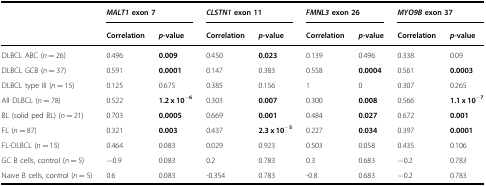
<table><thead><tr><td></td><td colspan="2"><b><i>MALT1</i> exon 7</b></td><td colspan="2"><b><i>CLSTN1</i> exon 11</b></td><td colspan="2"><b><i>FMNL3</i> exon 26</b></td><td colspan="2"><b><i>MYO9B</i> exon 37</b></td></tr><tr><td></td><td><b>Correlation</b></td><td><b><i>p</i>-value</b></td><td><b>Correlation</b></td><td><b><i>p</i>-value</b></td><td><b>Correlation</b></td><td><b><i>p</i>-value</b></td><td><b>Correlation</b></td><td><b><i>p</i>-value</b></td></tr></thead><tbody><tr><td>DLBCL ABC (<i>n</i> = 26)</td><td>0.496</td><td><b>0.009</b></td><td>0.450</td><td><b>0.023</b></td><td>0.139</td><td>0.496</td><td>0.338</td><td>0.09</td></tr><tr><td>DLBCL GCB (<i>n</i> = 37)</td><td>0.591</td><td><b>0.0001</b></td><td>0.147</td><td>0.383</td><td>0.558</td><td><b>0.0004</b></td><td>0.561</td><td><b>0.0003</b></td></tr><tr><td>DLBCL type III (<i>n</i> = 15)</td><td>0.125</td><td>0.675</td><td>0.385</td><td>0.156</td><td>1</td><td>0</td><td>0.307</td><td>0.265</td></tr><tr><td>All DLBCL (<i>n</i> = 78)</td><td>0.522</td><td><b>1.2</b> <b>x</b> <b>10</b><sup><b>−6</b></sup></td><td>0.303</td><td><b>0.007</b></td><td>0.300</td><td><b>0.008</b></td><td>0.566</td><td><b>1.1</b> <b>x</b> <b>10</b><sup><b>−7</b></sup></td></tr><tr><td>BL (solid ped BL) (<i>n</i> = 21)</td><td>0.703</td><td><b>0.0005</b></td><td>0.669</td><td><b>0.001</b></td><td>0.484</td><td><b>0.027</b></td><td>0.672</td><td><b>0.001</b></td></tr><tr><td>FL (<i>n</i> = 87)</td><td>0.321</td><td><b>0.003</b></td><td>0.437</td><td><b>2.3</b> <b>x</b> <b>10</b><sup><b>−5</b></sup></td><td>0.227</td><td><b>0.034</b></td><td>0.397</td><td><b>0.0001</b></td></tr><tr><td>FL-DLBCL (<i>n</i> = 15)</td><td>0.464</td><td>0.083</td><td>0.029</td><td>0.923</td><td>0.503</td><td>0.058</td><td>0.435</td><td>0.106</td></tr><tr><td>GC B cells, control (<i>n</i> = 5)</td><td>−0.9</td><td>0.083</td><td>0.2</td><td>0.783</td><td>0.3</td><td>0.683</td><td>−0.2</td><td>0.783</td></tr><tr><td>Naive B cells, control (<i>n</i> = 5)</td><td>0.6</td><td>0.083</td><td>-0.354</td><td>0.783</td><td>-0.8</td><td>0.683</td><td>−0.2</td><td>0.783</td></tr></tbody></table>